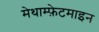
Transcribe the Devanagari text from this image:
मेथाम्फ़ेटमाइन